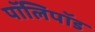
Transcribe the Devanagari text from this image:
पॉलिपॉड